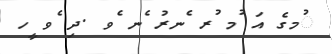
ުމގެ އަ ުމ ުރ ެނރު ެނ ެވ .ދި ެވ ީހ